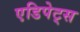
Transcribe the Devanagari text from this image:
एडिपेट्स